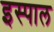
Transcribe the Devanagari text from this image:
इस्पाल